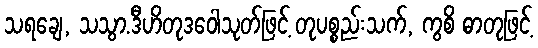
သရချေ, သသွာ.ဒီဟိတုဒဝေါသုတ်ဖြင့် တုပစ္စည်းသက်, ကွစိ ဓာတုဖြင့်